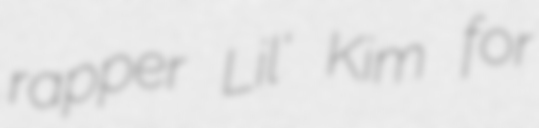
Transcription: rapper Lil' Kim for